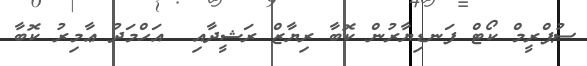
ސުޕްރީމް ކޯޓް ފަނޑިޔާރުން ކޮބާ ރިޔާޒް ރަޝީދާއި  އަހްމަދު ޢާމިރު ކޮބާ